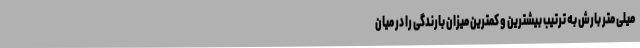
میلی متر بارش به ترتیب بیشترین و کمترین میزان بارندگی را در میان